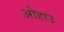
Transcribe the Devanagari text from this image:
ओहाउ